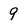
Character: 9